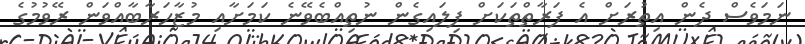
ނަމަވެސް ދެން އިތުރަށް އެ ފަރާތްތަކަށް ފިލައިގެން ނުތިއްބެވޭނެ ކަމަށާއި މުޒާހަރާބާއްވަން ރޭވުމުގެ